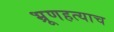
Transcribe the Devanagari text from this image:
भ्रूणहत्याच